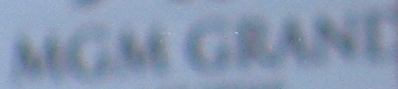
MGM GRAND